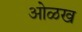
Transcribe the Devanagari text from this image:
आेळख